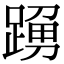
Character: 𨃒